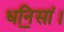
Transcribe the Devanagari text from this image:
धनि॒सां।